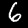
Label: 6